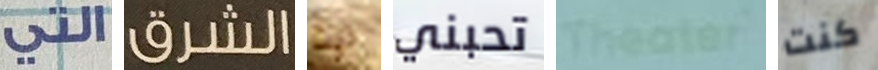
التي الشرق تيت تحبني Theater كنت